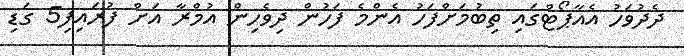
ދެދުވަހު އެއާޕޯޓްގައި ތިބުމަށްފަހު އެންމެ ފަހުން ދިވެހިން އުމްރާ އަށް ފުރައިފި5 ގަޑި